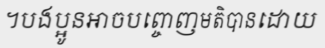
។បងប្អូនអាចបព្ចោញមតិបានដោយ